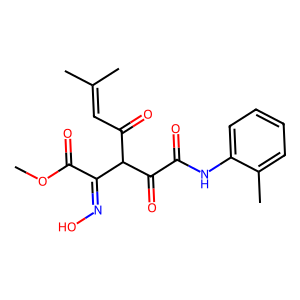
SMILES: COC(=O)C(=NO)C(C(=O)C=C(C)C)C(=O)C(=O)Nc1ccccc1C
Inhibits HIV replication: No